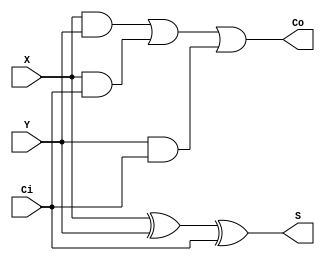
module fulladder(X,Y,Ci,S,Co);
	input X, Y, Ci;
	output S, Co;
  
	assign S = X ^ Y ^ Ci;
	assign Co = (X&Y)|(X&Ci)|(Y&Ci);
	
endmodule